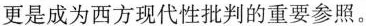
更是成为西方现代性批判的重要参照。